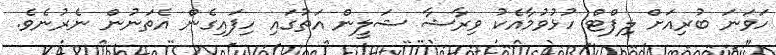
ހަވަނަ ބުރިއަށް ލިފްޓް ހުޅުވުމާއެކު ވިރާޝާ ޝަލީން އަތުގައި ހިފައިގެން އެތަނުން ނެރުނެވެ.